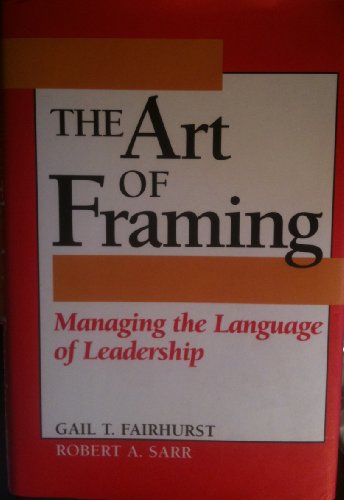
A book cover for The Art of Framing: Managing the Language of Leadership; Gail T. Fairhurst and Robert A. Sarr; Crafts, Hobbies & Home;